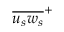
{ \overline { { { u _ { s } } { w _ { s } } } } } ^ { + }